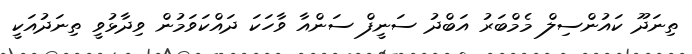
ތިނަދޫ ކައުންސިލް މެމްބަރު އަބްދު ސަނީފް ސަންއާ ވާހަކަ ދައްކަވަމުން ވިދާޅުވީ ތިނަދުއަކީ